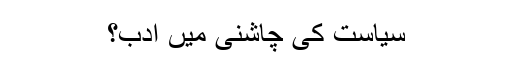
سیاست کی چاشنی میں ادب؟